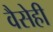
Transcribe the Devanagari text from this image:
वैसेही